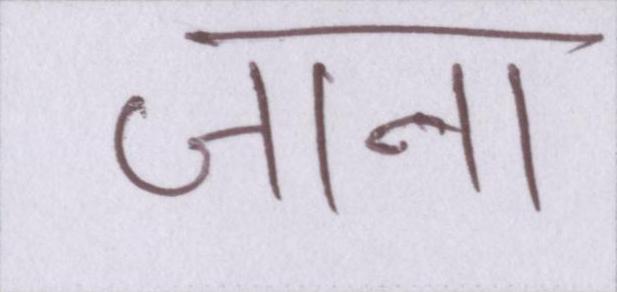
जाना